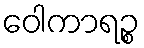
ဝေါကာရဉ္စ